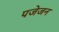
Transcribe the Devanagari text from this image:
पजेजन